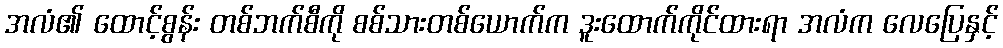
အလံ၏ ထောင့်စွန်း တစ်ဘက်စီကို စစ်သားတစ်ယောက်က ဒူးထောက်ကိုင်ထားရာ အလံက လေပြေနှင့်